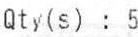
QTY(S) : 5